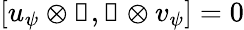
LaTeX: [u_{\psi}\otimes\mathbb{1},\mathbb{1}\otimes v_{\psi}]=0